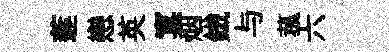
莲戀英寞烟鐵与菰六